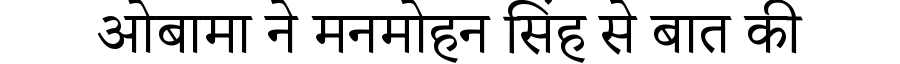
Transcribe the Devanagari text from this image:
ओबामा ने मनमोहन सिंह से बात की